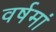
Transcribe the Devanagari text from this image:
वर्षमां